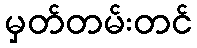
မှတ်တမ်းတင်